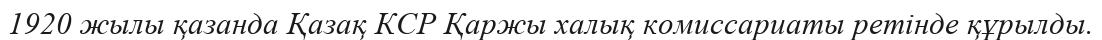
1920 жылы қазанда Қазақ КСР Қаржы халық комиссариаты ретінде құрылды.